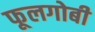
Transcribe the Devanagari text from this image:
फूलगोबी